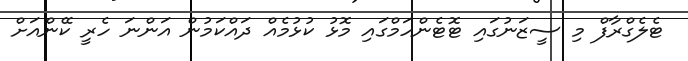
ޓެލެގްރާފް މި ސީޒަނުގައި ޓޮޓެންހަމްގައި މޮޅު ކުޅުމެއް ދައްކަމުން އަންނަ ހެރީ ކޭންއަށް